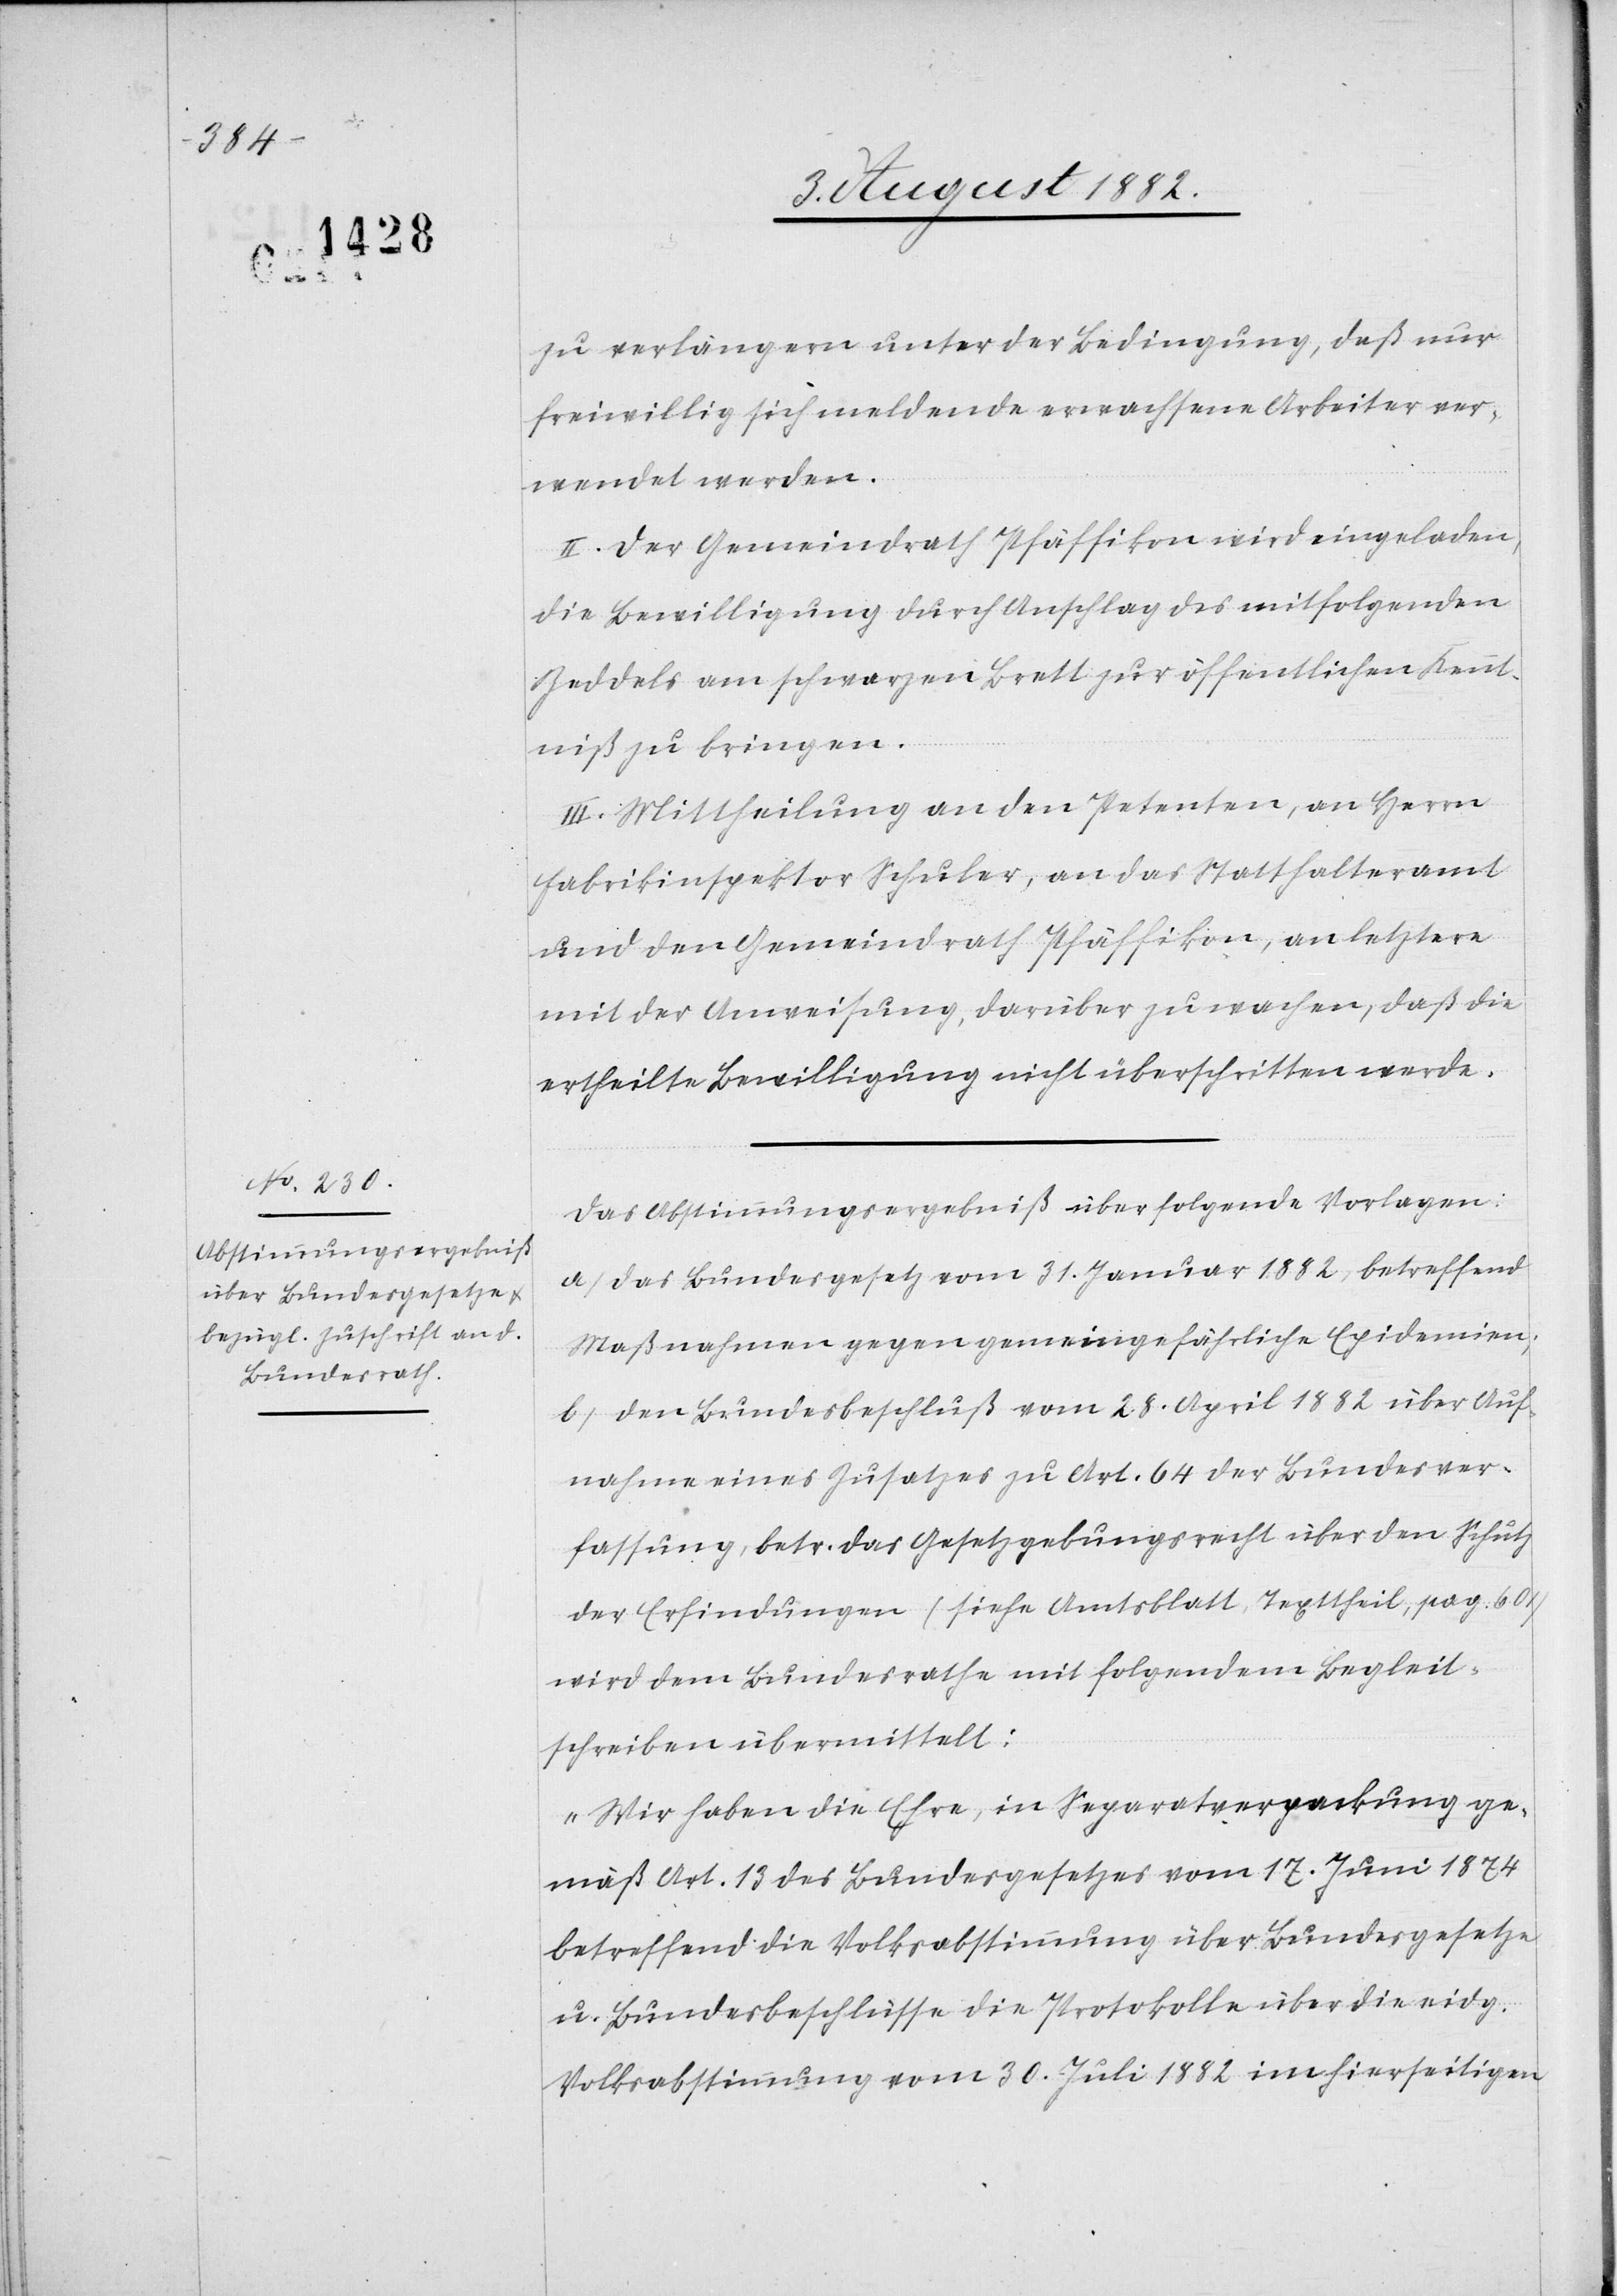
zu verlängern unter der Bedingung, daß nur
freiwillig sich meldende erwachsene Arbeiter ver¬
wendet werden.
II. Der Gemeindrath Pfäffikon wird eingeladen,
die Bewilligung durch Anschlag des mitfolgenden
Zeddels am schwarzen Brett zur öffentlichen Kennt¬
niß zu bringen.
III. Mittheilung an den Petenten, an Herrn
Fabrikinspektor Schuler, an das Statthalteramt
und den Gemeindrath Pfäffikon, an letztere
mit der Anweisung, darüber zu wachen, daß die
ertheilte Bewilligung nicht überschritten werde.
Das Abstimmungsergebniß über folgende Vorlagen:
a) das Bundesgesetz vom 31. Januar 1882, betreffend
Maßnahmen gegen gemeingefährliche Epidemien;
b) den Bundesbeschlußvom 28. April 1882 über Auf¬
nahme eines Zusatzes zu Art. 64 der Bundesver¬
fassung, betr. das Gesetzgebungsrecht über den Schutz
der Erfindungen (siehe Amtsblatt, Texttheil, pag. 601)
wird dem Bundesrathe mit folgendem Begleit¬
schreiben übermittelt:
„Wir haben die Ehre, in Separatverpackung ge¬
mäß Art. 13 des Bundesgesetzes vom 17. Juni 1874
betreffend die Volksabstimmung über Bundesgesetze
u. Bundesbeschlüsse die Protokolle über die eidg.
Volksabstimmungen vom 30. Juli 1882 im hierseitigen